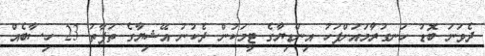
ދެވަނަ ބޮޑު ހަނގުރާމައަށްފަހު އިންޑިޔާގެ ޓީމަކުން ދެކުނު އޭޝިޔާގެ ތަފާތު 23 ހިސާބެއް